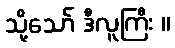
သို့သော် ဒီလူကြီး ။